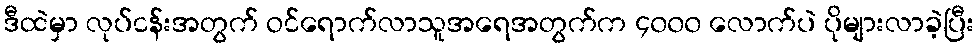
ဒီထဲမှာ လုပ်ငန်းအတွက် ဝင်ရောက်လာသူအရေအတွက်က ၄၀၀၀ လောက်ပဲ ပိုများလာခဲ့ပြီး